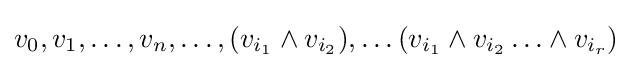
{v_{0},v_{1},\ldots ,v_{n},\ldots ,(v_{i_{1}}\wedge v_{i_{2}}),\ldots (v_{i_{1}}\wedge v_{i_{2}}\ldots \wedge v_{i_{r}})}